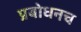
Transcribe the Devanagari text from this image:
प्रबोधनच